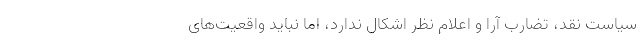
سیاست نقد، تضارب آرا و اعلام نظر اشکال ندارد، اما نباید واقعیت‌های